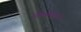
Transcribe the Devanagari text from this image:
मीळतेजुळते